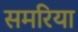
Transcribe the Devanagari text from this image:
समरिया